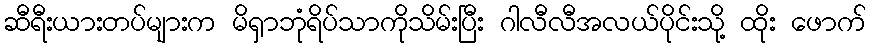
ဆီရီးယားတပ်များက မိရှာဘုံရိပ်သာကိုသိမ်းပြီး ဂါလီလီအလယ်ပိုင်းသို့ ထိုး ဖောက်